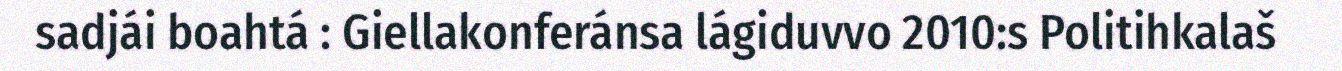
sadjái boahtá : Giellakonferánsa lágiduvvo 2010:s Politihkalaš